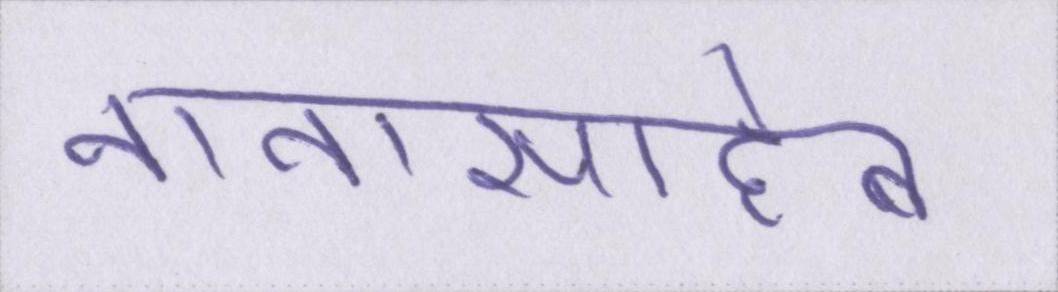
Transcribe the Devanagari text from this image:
नानासाहेब